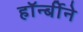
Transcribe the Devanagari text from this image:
हॉर्न्बीने